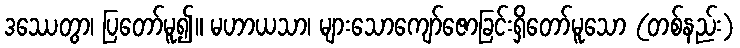
ဒဿေတွာ၊ ပြတော်မူ၍။ မဟာယသာ၊ များသောကျော်ဇောခြင်းရှိတော်မူသော (တစ်နည်း)